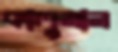
কালুমান